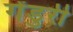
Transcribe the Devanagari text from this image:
गेंडुरी